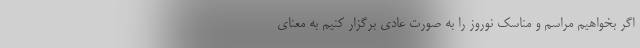
اگر بخواهیم مراسم و مناسک نوروز را به صورت عادی برگزار کنیم به معنای